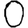
Digit: 0